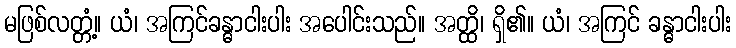
မဖြစ်လတ္တံ့။ ယံ၊ အကြင်ခန္ဓာငါးပါး အပေါင်းသည်။ အတ္ထိ၊ ရှိ၏။ ယံ၊ အကြင် ခန္ဓာငါးပါး